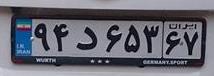
۹۴د۶۵۳۶۷